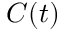
C ( t )